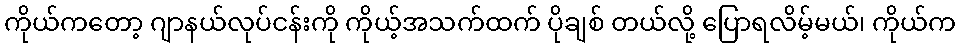
ကိုယ်ကတော့ ဂျာနယ်လုပ်ငန်းကို ကိုယ့်အသက်ထက် ပိုချစ် တယ်လို့ ပြောရလိမ့်မယ်၊ ကိုယ်က